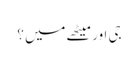
جی اور میٹھے میں ؟